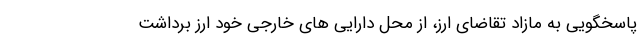
پاسخگویی به مازاد تقاضای ارز، از محل دارایی های خارجی خود ارز برداشت